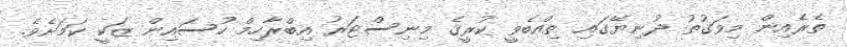
ތެރެއިން މިވަގުތު ދުނިޔޭގައި ތިއްބެވީ ކުރީގެ މިނިސްޓަރު އިބްރާހިމް ހުސައިން ޒަކީ ކަމަށެވެ.